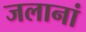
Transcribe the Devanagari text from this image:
जलानां